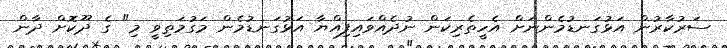
ސަރުކާރުން އަޅުގަނޑުމެންނަށް އެހީތެރިކަން ނުދެއްވައިފިއްޔާ އަޅުގަނޑުމެން މަގުމަތިވީ މި" ގެ ދޫކޮށް ދާން